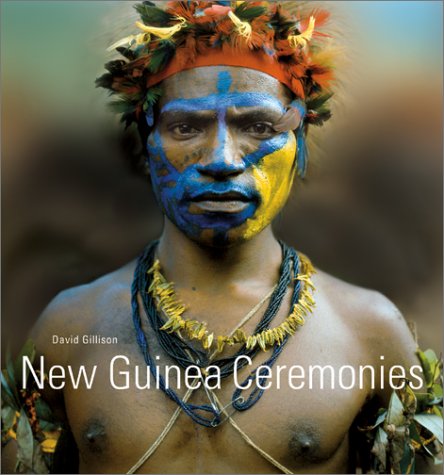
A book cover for New Guinea Ceremonies; David Gillison; History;